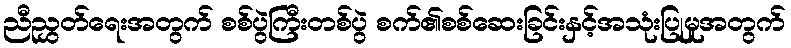
ညီညွှတ်ရေးအတွက် စစ်ပွဲကြီးတစ်ပွဲ စက်၏စစ်ဆေးခြင်းနှင့်အသုံးပြုမှုအတွက်